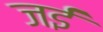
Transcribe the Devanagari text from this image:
जईं